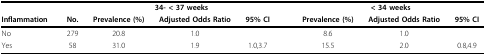
|  |  | <COLSPAN=3> 34- < 37 weeks |  | <COLSPAN=3> < 34 weeks |
 | Inflammation | No. | Prevalence (%) | Adjusted Odds Ratio | 95% CI |  | Prevalence (%) | Adjusted Odds Ratio | 95% CI |
 | --- | --- | --- | --- | --- | --- | --- | --- | --- |
 | No | 279 | 20.8 | 1.0 |  |  | 8.6 | 1.0 |  |
 | Yes | 58 | 31.0 | 1.9 | 1.0,3.7 |  | 15.5 | 2.0 | 0.8,4.9 |